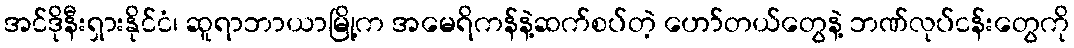
အင်ဒိုနီးရှားနိုင်ငံ၊ ဆူရာဘာယာမြို့က အမေရိကန်နဲ့ဆက်စပ်တဲ့ ဟော်တယ်တွေနဲ့ ဘဏ်လုပ်ငန်းတွေကို